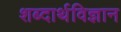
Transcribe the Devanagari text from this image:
शब्दार्थविज्ञान